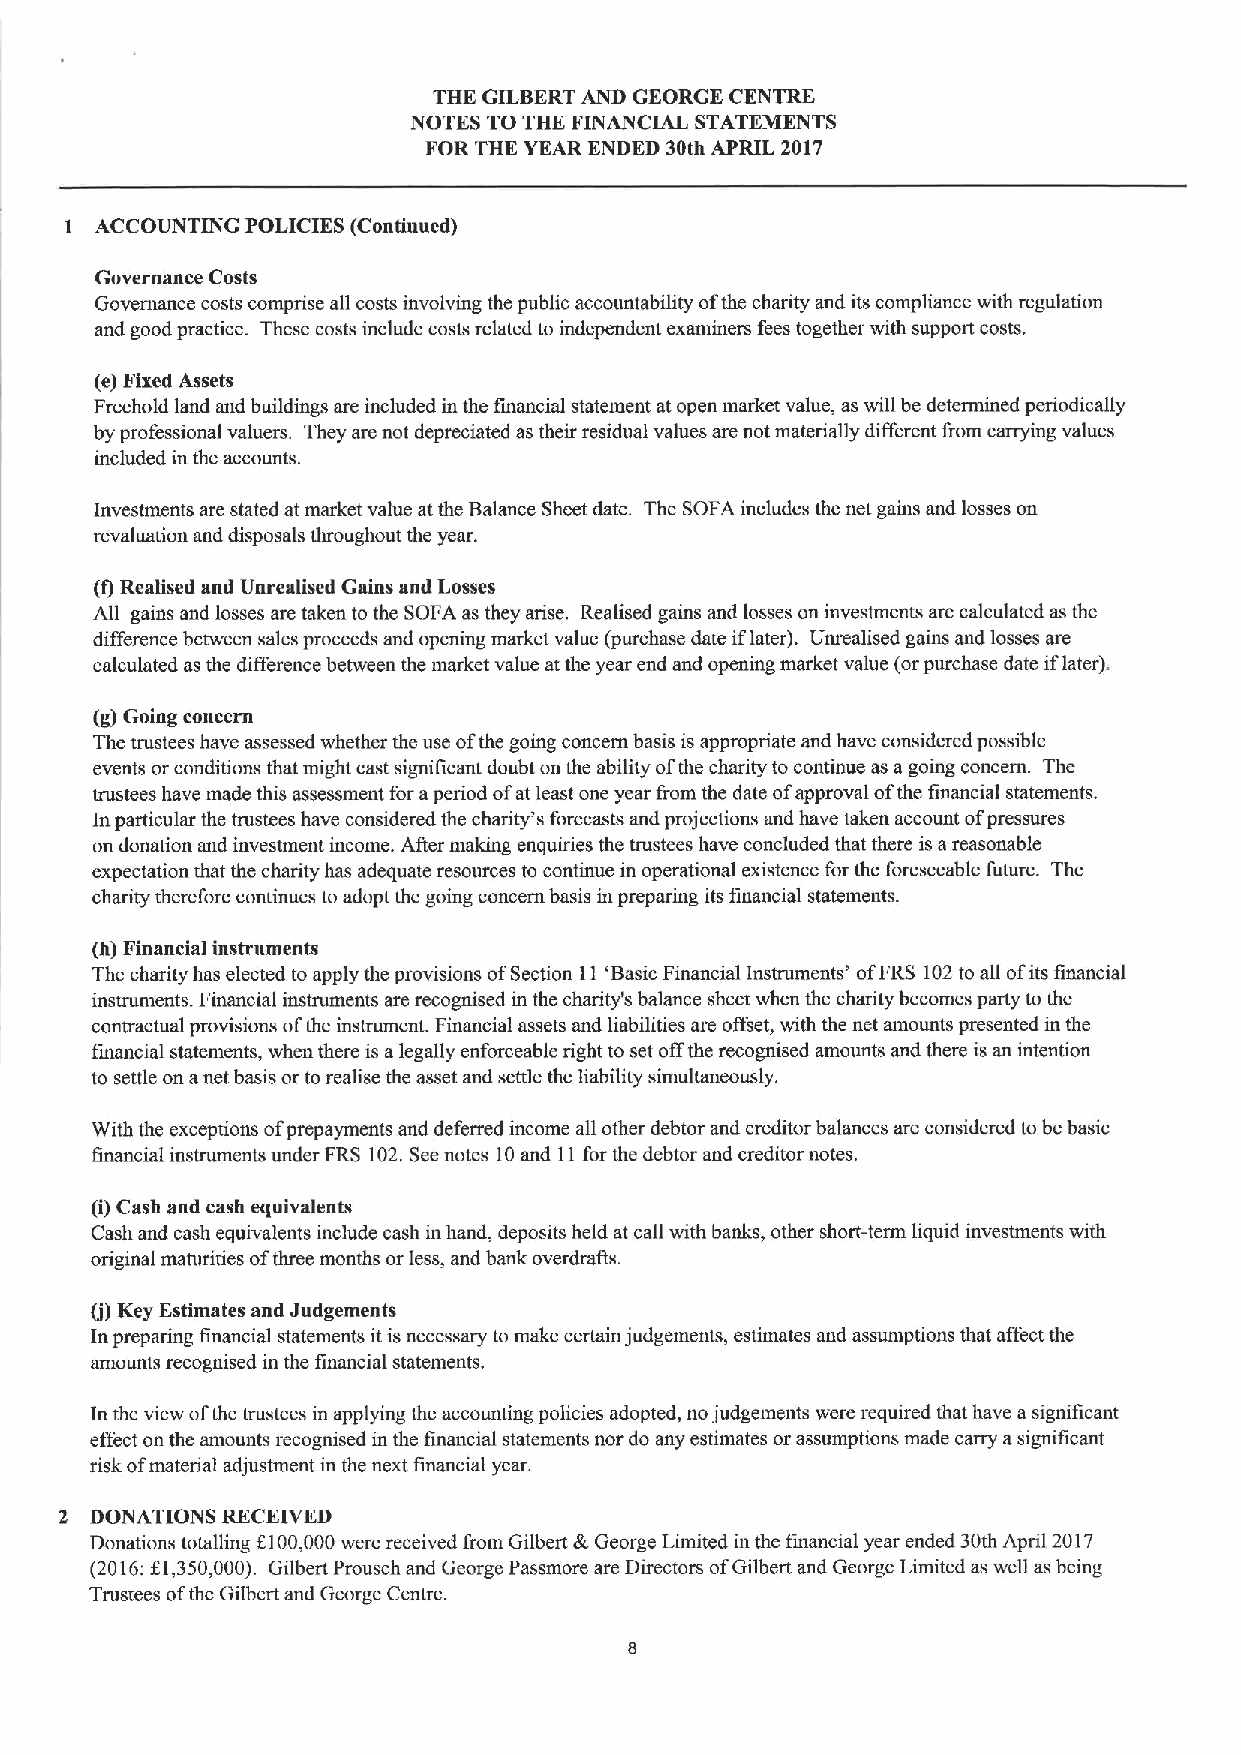
THE GILBERTAND GEORGE CENTRE
 NOTES TO THE FINANCIAL STATEMENTS
 FOR THE YEAR ENDED 30th APRIL 2017
 I ACCOUNTING POLICIKS (Continued)
 Governance Costs
 Governance costs comprise all costs involving the public accountability ofthe charity and its compliance with regulation
 and good practice. These costs include costs related to independent examiners fees together with support costs.
 (e)Fixed Assets
 Freehold land and buildings are included in the financial statement at open market value, as will be determined periodically
 by professional valuers. They are not depreciated as their residual values are not materially different &om carrying values
 included in the accounts.
 Investments are stated at market value at the Balance Sheet date. The SOFA includes the net gains and losses on
 revaluation and disposals throughout the year.
 (I)Realised and Unrealised Cains and Losses
 Aff gains and losses are taken to the SOFA as they arise. Realised gains and losses on investments are calculated as the
 difference between sales proceeds and opening market value (purchase date iflater). Unrealised gains and losses are
 calculated as the difference between the market value at the year end and opening market value (orpurchase date iflater).
 (g) Going concern
 The trustees have assessed whether the use ofthe going concern basis is appropriate and have considered possible
 events or conditions that might cast significant doubt on the ability ofthe charity to continue as a going concern. The
 trustees have made this assessment for aperiod ofat least one year from the date ofapproval ofthe financial statements.
 In particular the trustees have considered the charity's forecasts and projections and have taken account ofpressures
 on donation and investment income. After making enquiries the trustees have concluded that there is areasonable
 expectation that the charity has adequate resources to continue in operational existence for the foreseeable future. The
 charity therefore continues to adopt the going concern basis in preparing its financial statements.
 (h) Financial instruments
 The charity has elected to apply the provisions ofSection 11'Basic Financial Insuuments' ofFRS 102to all ofits financial
 instruments. Financial instruments are recognised in the charity's balance sheet when the charity becomes party to the
 contractual provisions ofthe instrument. Financial assets and liabilities are offset, with the net amounts presented in the
 financial statements, when there is alegally enforceable right to set offthe recognised amounts and there is an intention
 to settle on anet basis or to realise the asset and settle the liability simultaneously.
 With the exceptions ofprepayments and deferred income all other debtor and creditor balances are considered to be basic
 financial instruments under FRS 102.Seenotes 10and 11for the debtor and creditor notes.
 (i)Cash and cash equivalents
 Cash and cash equivalents include cash in hand, deposits held at call with banks, other short-term liquid investments with
 original maturities ofthree months or less, and bank overdratts.
 (j)Key Estimates and Judgements
 Inpreparing financial statements itis necessary to make certain judgements, estimates and assumptions that affect the
 amounts recognised in the financial statements.
 In the view ofthe trustees in applying the accounting policies adopted, no judgements were required that have a significant
 effect on the amounts recognised in the financial statements nor do any estimates or assumptions made carry asignificant
 risk ofmaterial adjustment in the next financial year.
 2 DONATIONS RECEIVED
 Donations totalling f.100,000were received from Gilbert &George Limited in the financial year ended 30th April 2017
 (2016:X1,350,000). Gilbert Prousch and George Passmore are Directors ofGilbert and George Limited as well as being
 Trustees ofthe Gilbert and George Centre.